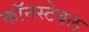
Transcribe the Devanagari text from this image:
कॉनस्टेबल